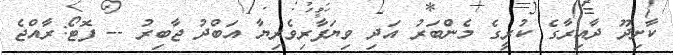
ކާށިދޫ ދާއިރާގެ ކުރީގެ މެންބަރު އަދި ވިޔަފާރިވެރިޔާ އަބްދު ޖާބިރު -- ފޮޓޯ:ރާއްޖެ